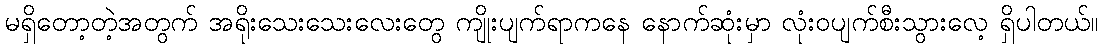
မရှိတော့တဲ့အတွက် အရိုးသေးသေးလေးတွေ ကျိုးပျက်ရာကနေ နောက်ဆုံးမှာ လုံးဝပျက်စီးသွားလေ့ ရှိပါတယ်။